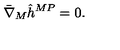
\bar { \nabla } _ { M } \hat { h } ^ { M P } = 0 .